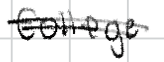
Text: College
Cross-out: mix
Writing tool: digital_black